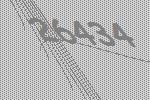
26434